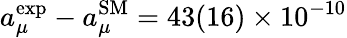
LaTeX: a_{\mu}^{\mathrm{exp}}-a_{\mu}^{\mathrm{SM}}=43(16)\times 10^{-10}